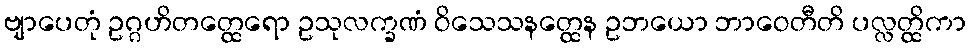
ဗျာပေတုံ ဥဂ္ဂဟိတတ္ထေရော ဥသုလက္ခဏံ ဝိသေသနတ္ထေန ဥဘယော ဘာဝေတီတိ ပလ္လတ္ထိကာ